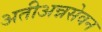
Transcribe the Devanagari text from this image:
अतीअन्नसेवन